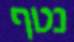
נטף